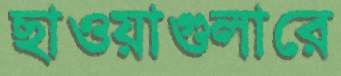
ছাওয়াগুলারে